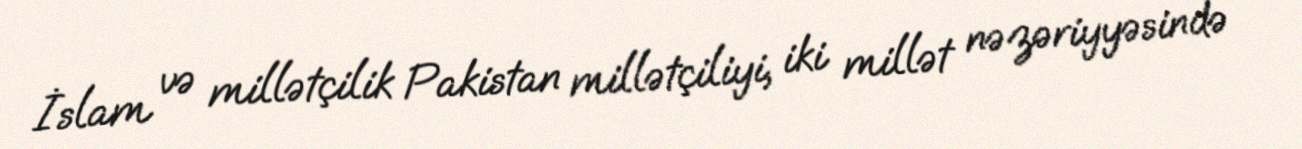
İslam və millətçilik Pakistan millətçiliyi, iki millət nəzəriyyəsində